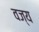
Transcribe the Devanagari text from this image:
वज्य